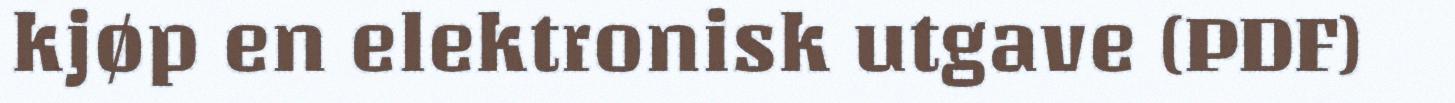
kjøp en elektronisk utgave (PDF)